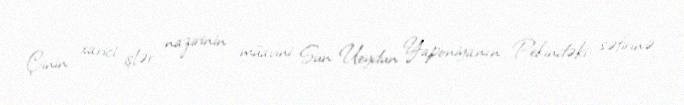
Çinin xarici işlər nazirinin müavini Sun Ueydun Yaponiyanın Pekindəki səfirinə